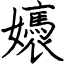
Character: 㜵